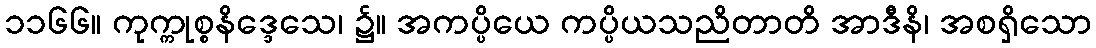
၁၁၆၆။ ကုက္ကုစ္စနိဒ္ဒေသေ၊ ၌။ အကပ္ပိယေ ကပ္ပိယသညိတာတိ အာဒီနိ၊ အစရှိသော